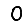
Digit: 0